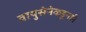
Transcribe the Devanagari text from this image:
वायुसेनेकडूनही